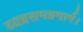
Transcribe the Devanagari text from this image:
व्यग्रसमग्रमार्ग।